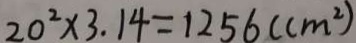
2 0 ^ { 2 } \times 3 . 1 4 = 1 2 5 6 ( c m ^ { 2 } )